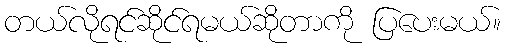
တယ်လိုရင်ဆိုင်ရမယ်ဆိုတာကို ပြပေးမယ်။